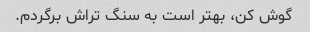
گوش کن، بهتر است به سنگ تراش برگردم.